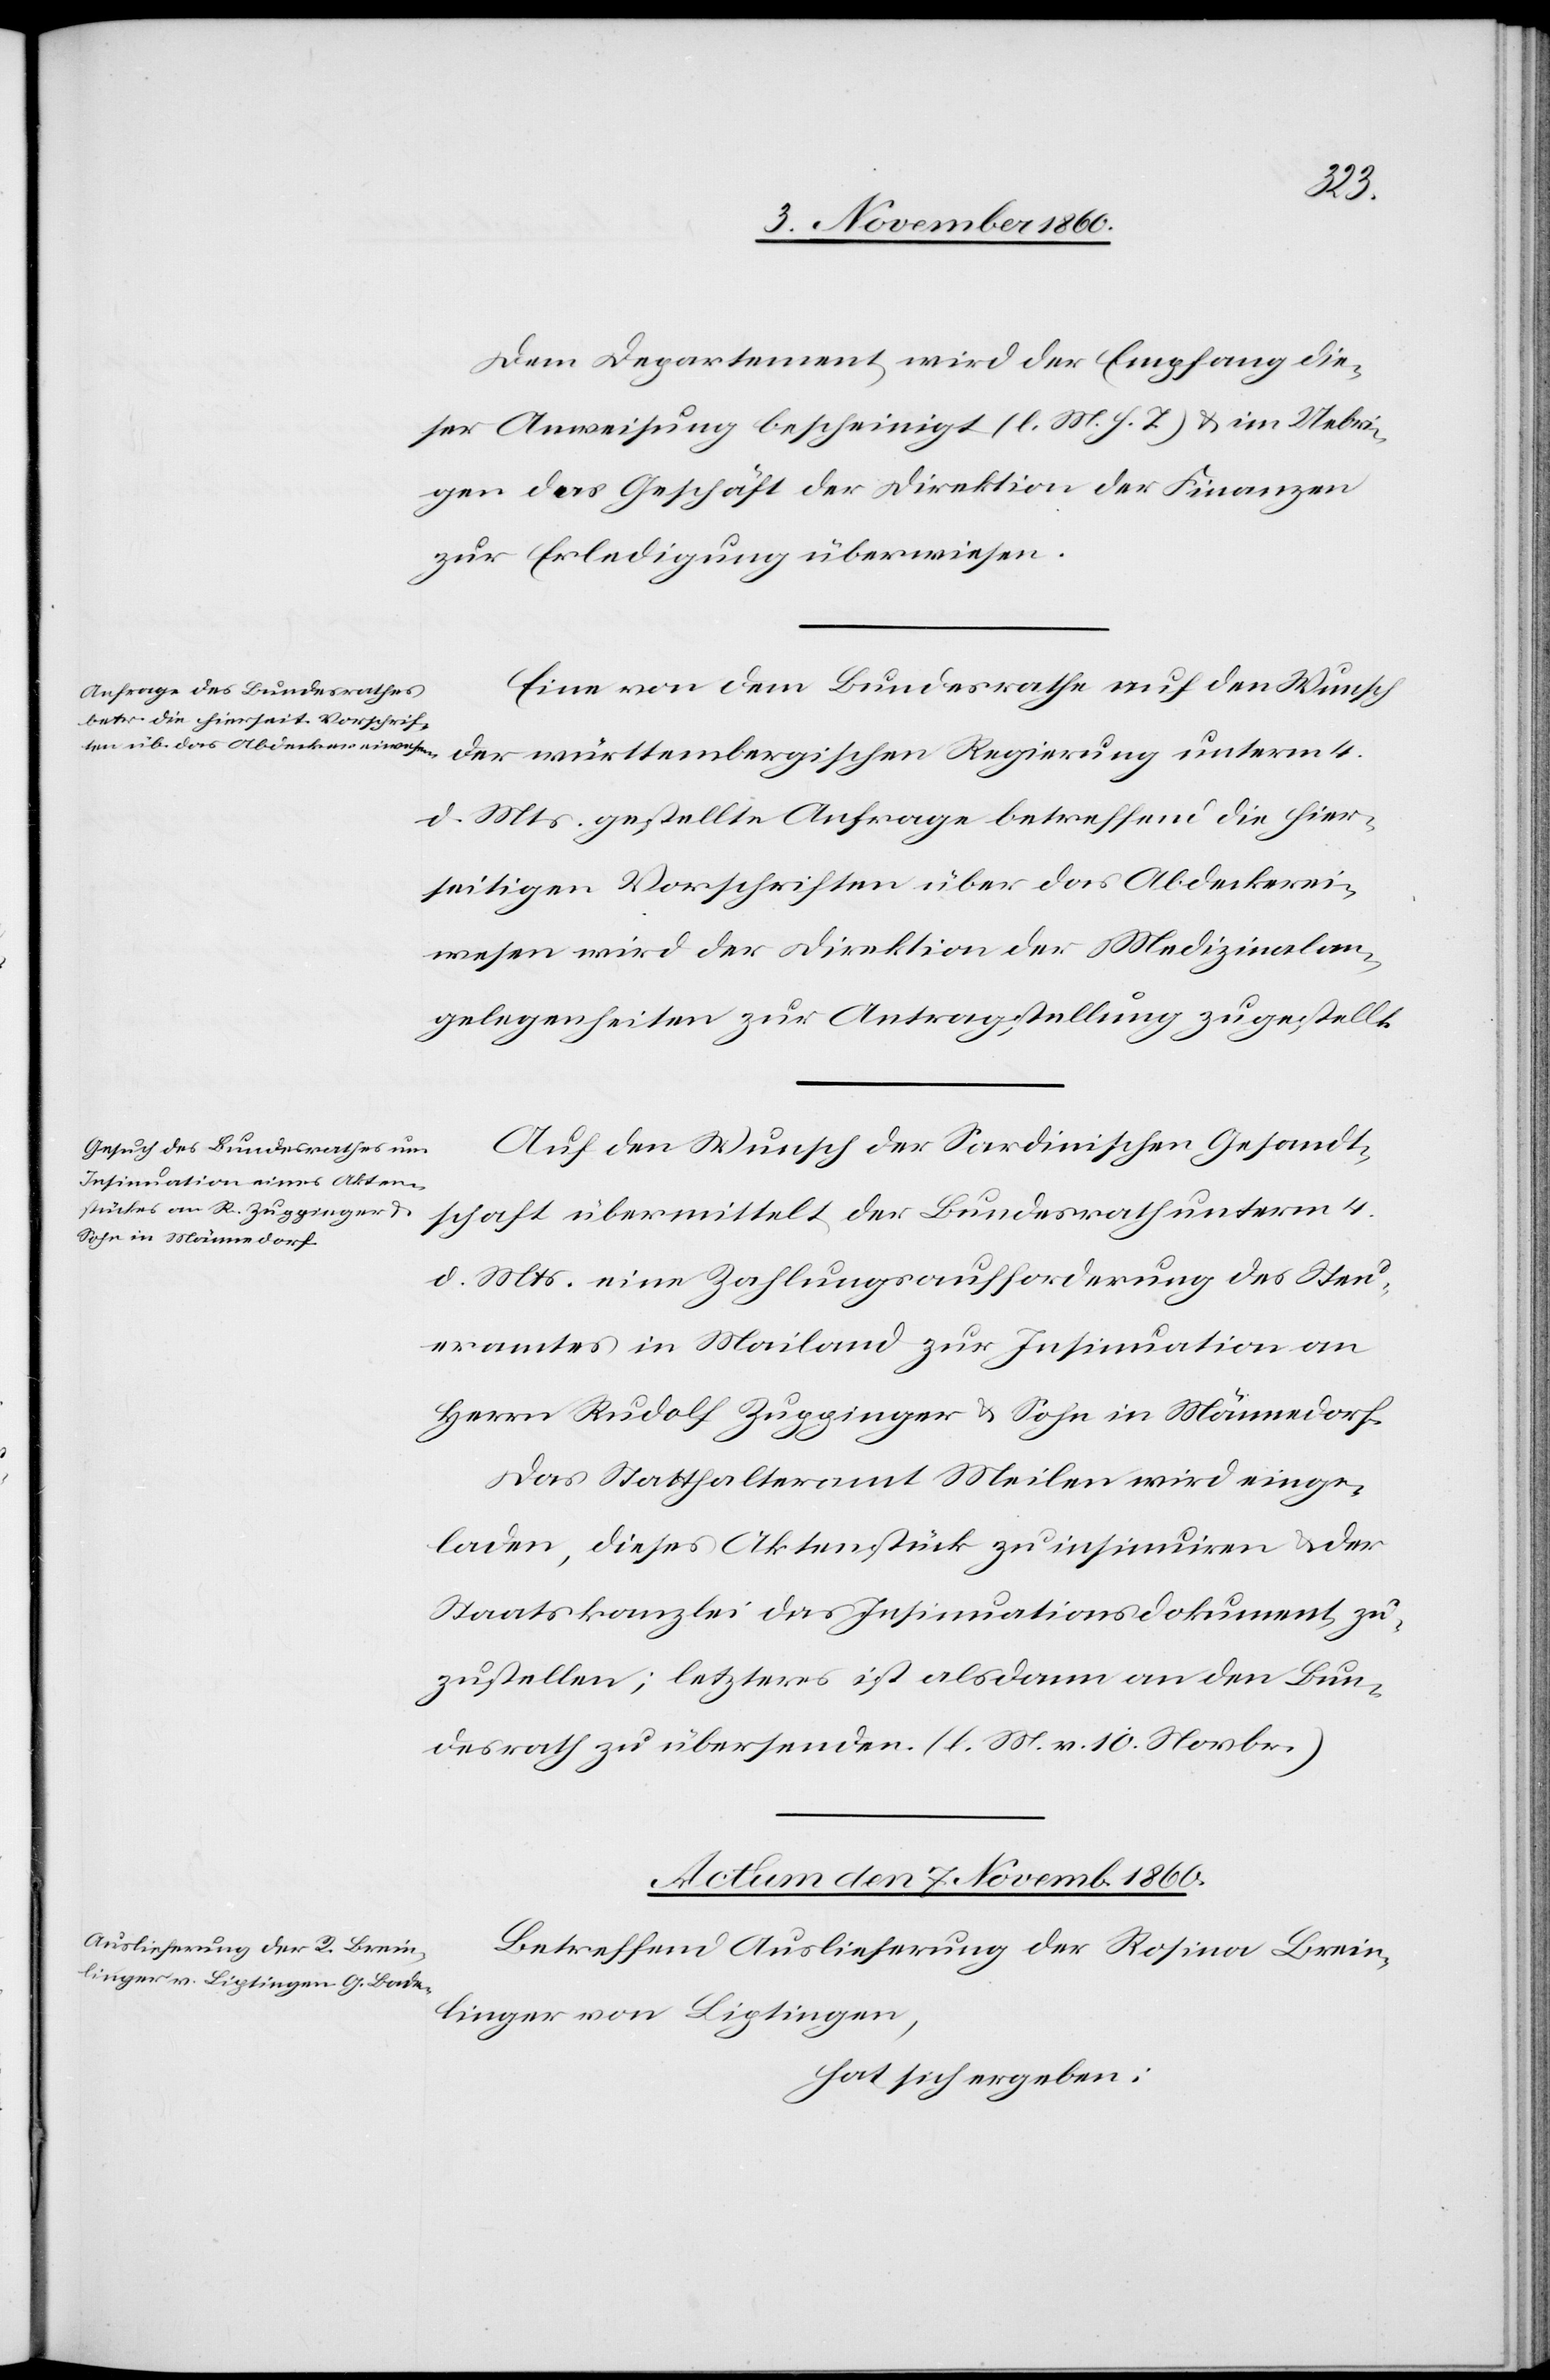
Dem Departement wird der Empfang die¬
ser Anweisung bescheinigt (l. M. h. T.) u. im Uebri¬
gen das Geschäft der Direktion der Finanzen
zur Erledigung überwiesen.
Eine von dem Bundesrathe auf den Wunsch
der württembergischen Regierung unterm 4.
d. Mts. gestellte Anfrage betreffend die hier¬
seitigen Vorschriften über das Abdeckerei¬
wesen wird der Direktion der Medizinalan¬
gelegenheiten zur Antragstellung zugestellt.
Auf den Wunsch der Sardinischen Gesandt¬
schaft übermittelt der Bundesrath unterm 4.
d. Mts. eine Zahlungsaufforderung des Steu¬
eramtes in Mailand zur Insinuation an
Herrn Rudolf Zuppinger u. Sohn in Männedorf.
Das Statthalteramt Meilen wird einge¬
laden, dieses Aktenstück zu insinuiren u. der
Staatskanzlei das Insinuationsdokument zu¬
zustellen; letzteres ist alsdann an den Bun¬
desrath zu übersenden. (l. M. v. 10. Novbr.)
Actum den 7. Novemb. 1860.
Betreffend Auslieferung der Rosina Brein¬
linger von Liptingen,
hat sich ergeben: